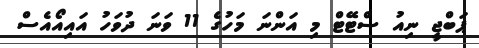
ޕަބްޖީ ނިއު ސްޓޭޓް މި އަންނަ މަހުގެ 11 ވަނަ ދުވަހު އައިއޯއެސް